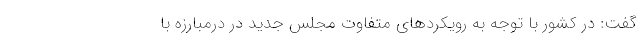
گفت: در کشور با توجه به رویکردهای متفاوت مجلس جدید در درمبارزه با